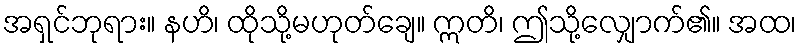
အရှင်ဘုရား။ နဟိ၊ ထိုသို့မဟုတ်ချေ။ ဣတိ၊ ဤသို့လျှောက်၏။ အထ၊